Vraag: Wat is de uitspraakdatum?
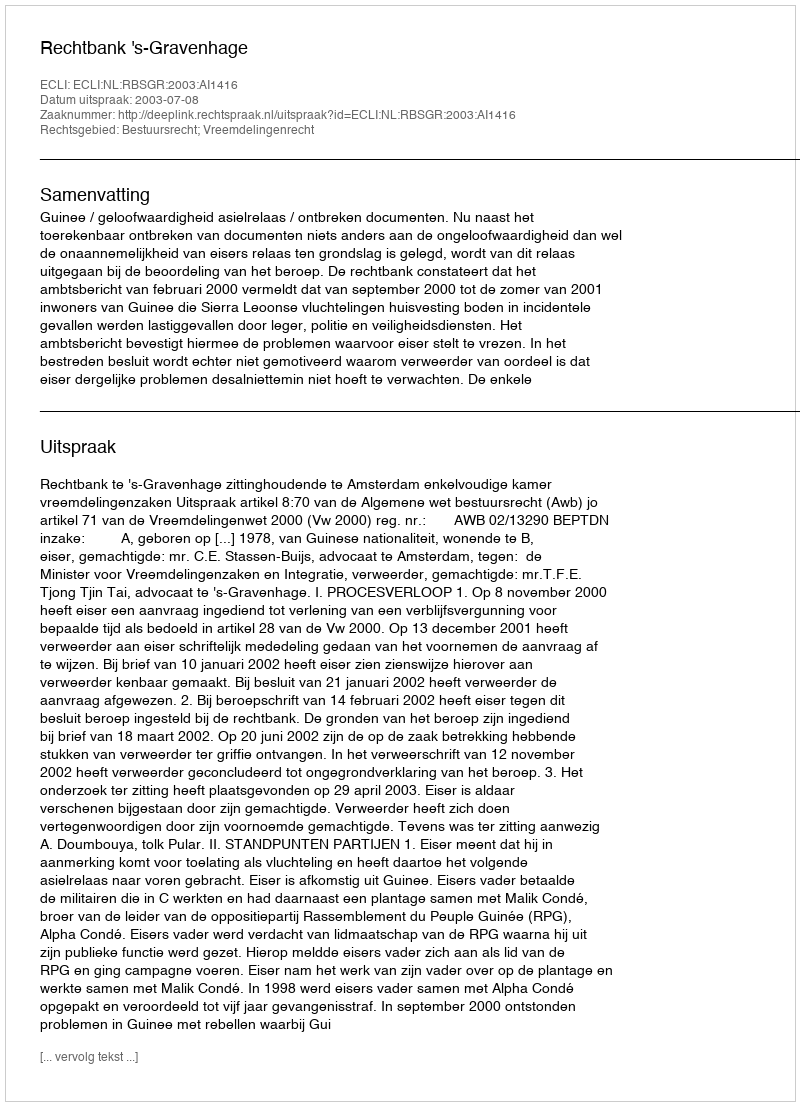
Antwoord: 2003-07-08